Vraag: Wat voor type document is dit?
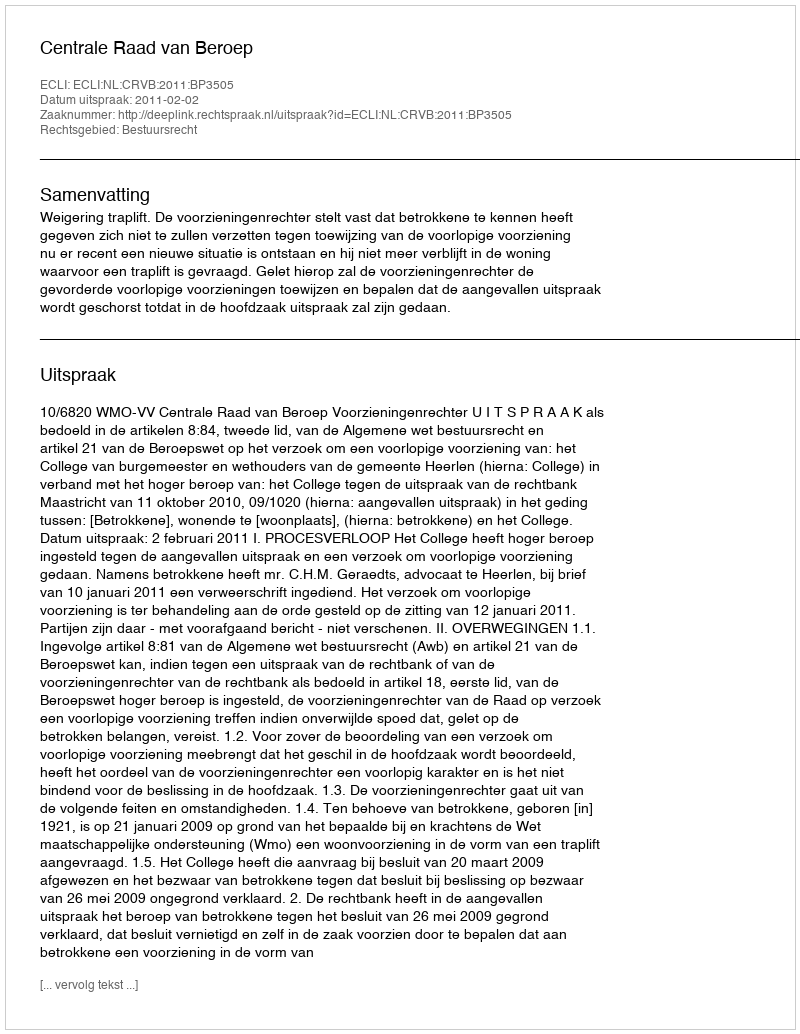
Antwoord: Uitspraak